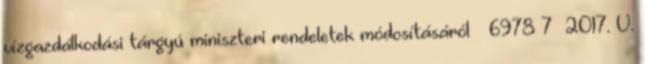
vízgazdálkodási tárgyú miniszteri rendeletek módosításáról – 6978 7 2017. V.